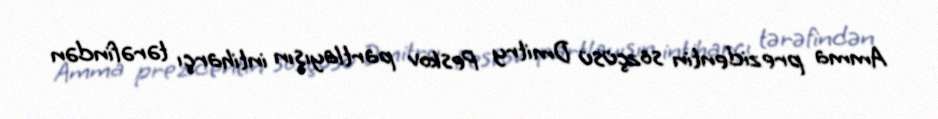
Amma prezidentin sözçüsü Dmitry Peskov partlayışın intiharçı tərəfindən